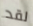
لقد